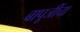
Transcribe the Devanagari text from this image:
बापूजींचा